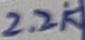
Text: 2.2K